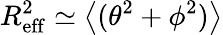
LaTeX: R_{\mathrm{eff}}^{2}\simeq\left<(\theta^{2}+\phi^{2})\right>